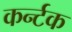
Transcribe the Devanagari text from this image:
कर्न्टक